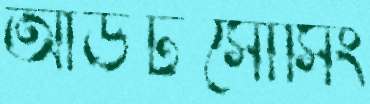
আউটসোর্সিং